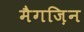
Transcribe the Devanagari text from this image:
मैगज़िन